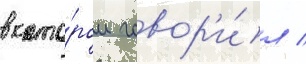
в кото́ром говор'и́л /